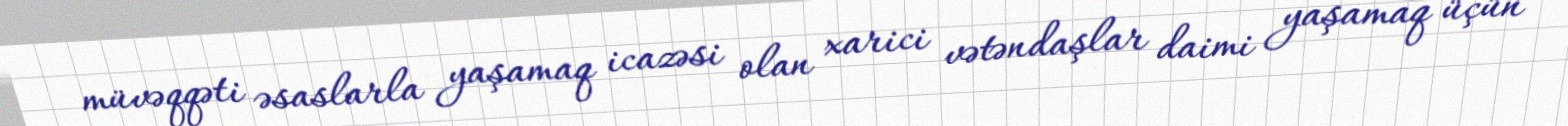
müvəqqəti əsaslarla yaşamaq icazəsi olan xarici vətəndaşlar daimi yaşamaq üçün